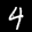
Label: 4